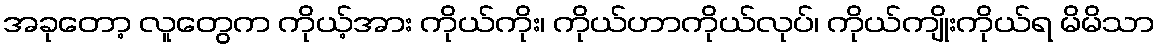
အခုတော့ လူတွေက ကိုယ့်အား ကိုယ်ကိုး၊ ကိုယ်ဟာကိုယ်လုပ်၊ ကိုယ်ကျိုးကိုယ်ရ မိမိသာ